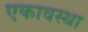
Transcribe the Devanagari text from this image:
एकावस्था